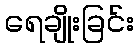
ရေချိုးခြင်း